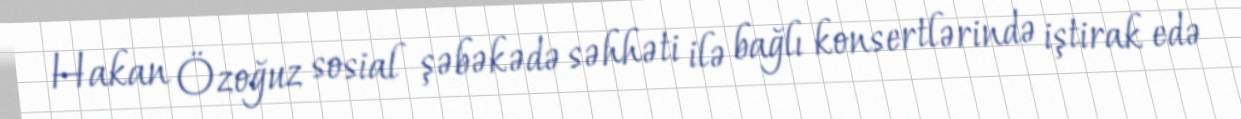
Hakan Özoğuz sosial şəbəkədə səhhəti ilə bağlı konsertlərində iştirak edə